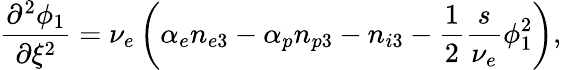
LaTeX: \frac{\partial^{2}\phi_{1}}{\partial\xi^{2}}=\nu_{e}\left(\alpha_{e}n_{e3}-\alpha_{p}n_{p3}-n_{i3}-\frac{1}{2}\frac{s}{\nu_{e}}\phi_{1}^{2}\right),